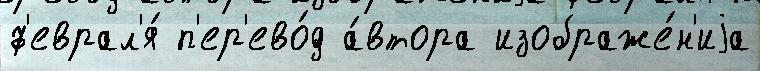
ф'еврал'я́ п'ер'ево́д а́втора изображе́н'иjа